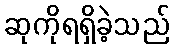
ဆုကိုရရှိခဲ့သည်